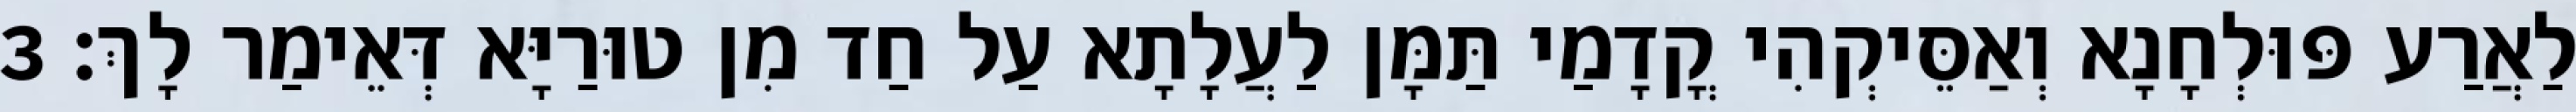
לַאֲרַע פּוּלְחָנָא וְאַסֵּיקְהִי קֳדָמַי תַּמָּן לַעֲלָתָא עַל חַד מִן טוּרַיָּא דְּאֵימַר לָךְ׃ 3